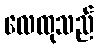
လေထုသည်